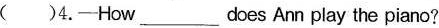
( )4.—How ___ does Ann play the piano?